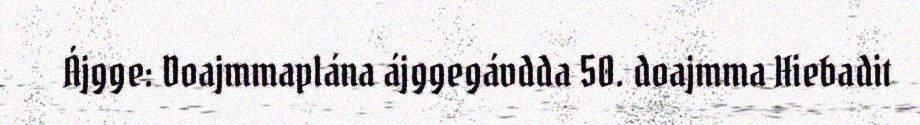
Ájgge: Doajmmaplána ájggegávdda 50. doajmma Hiebadit